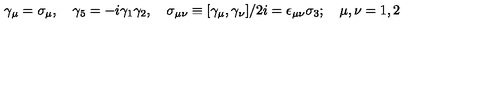
\gamma _ { \mu } = \sigma _ { \mu } , \quad \gamma _ { 5 } = - i \gamma _ { 1 } \gamma _ { 2 } , \quad \sigma _ { \mu \nu } \equiv [ \gamma _ { \mu } , \gamma _ { \nu } ] / 2 i = \epsilon _ { \mu \nu } \sigma _ { 3 } ; \quad \mu , \nu = 1 , 2